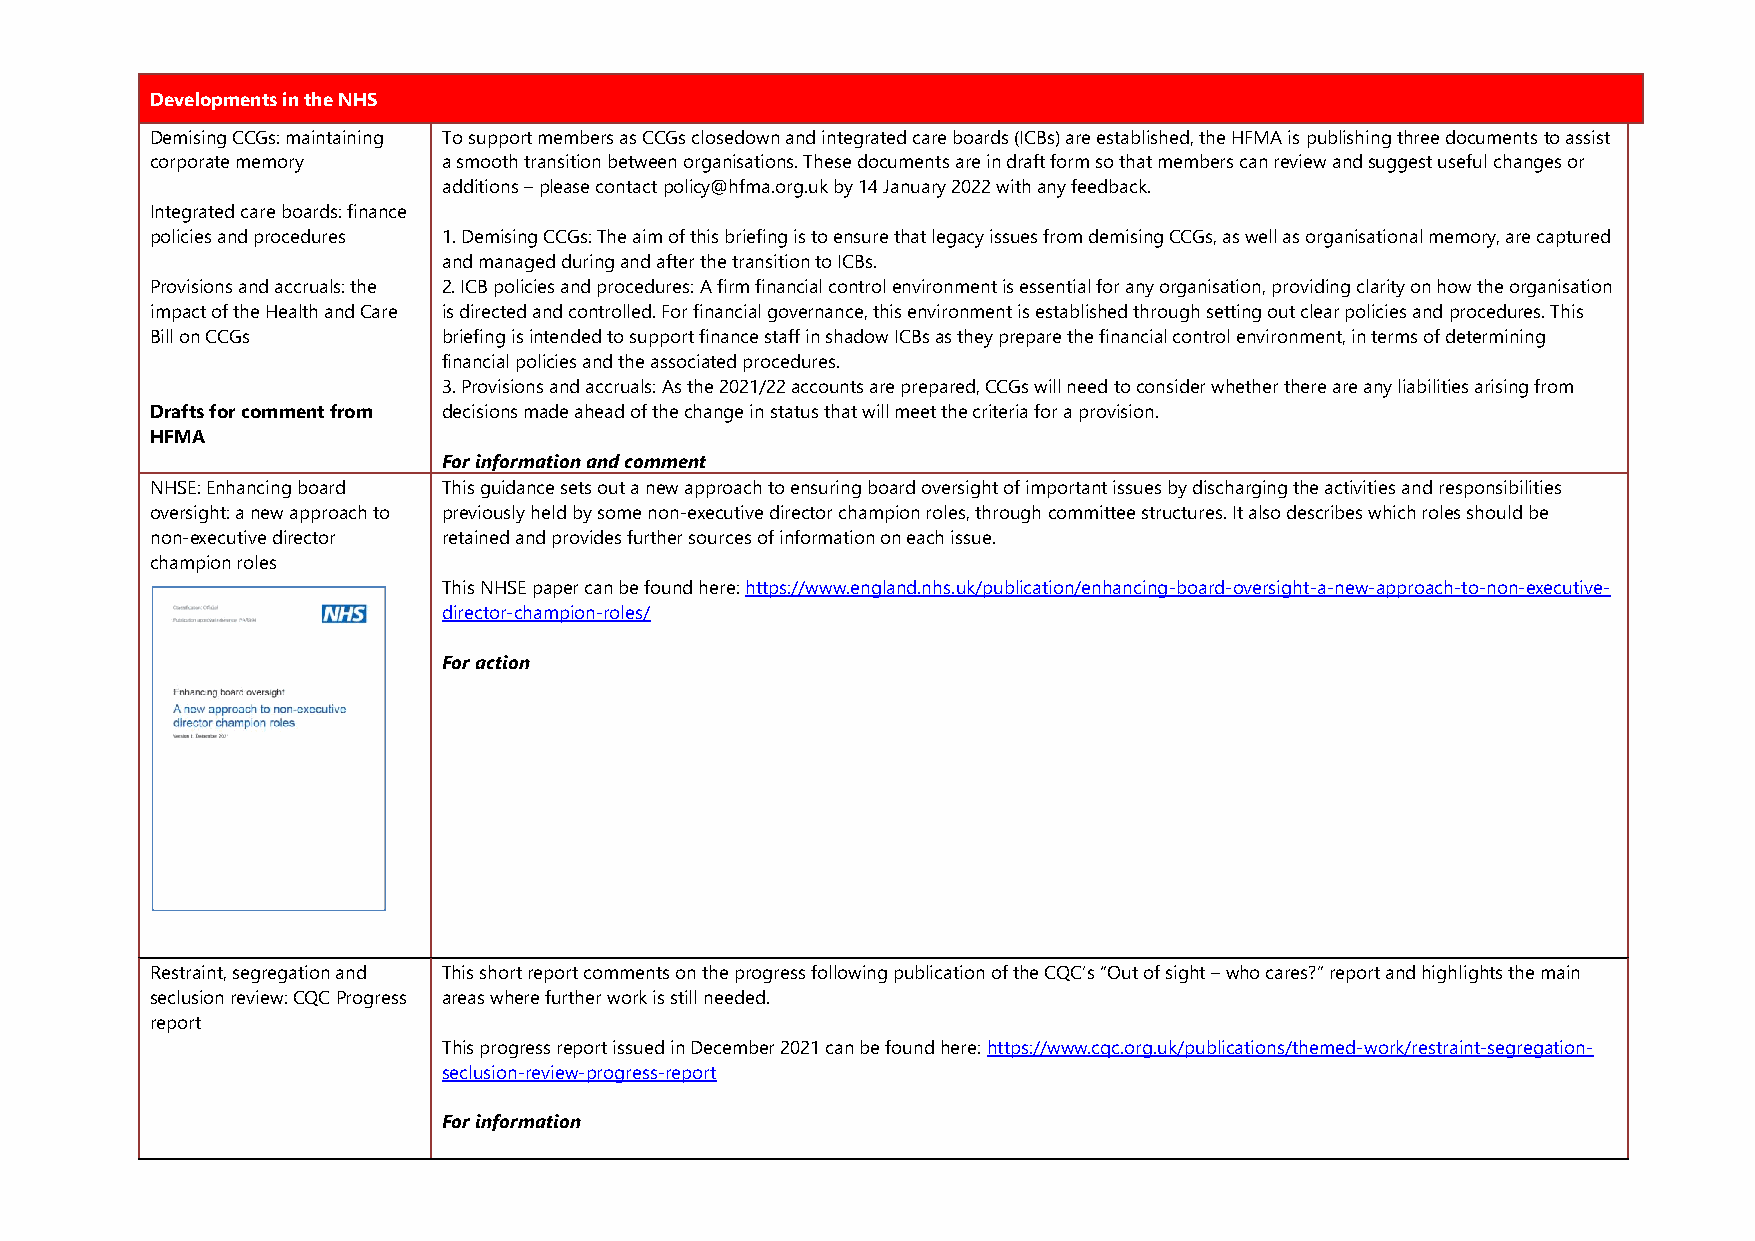
Developments in the NHS
 Demising CCGs: maintaining To support members as CCGs closedown and integrated care boards (ICBs) are established, the HFMA is publishing three documents to assist
 corporate memory   a smooth transition between organisations. These documents are in draft form so that members can review and suggest useful changes or
 additions – please contact policy@hfma.org.uk by 14 January 2022 with any feedback.
 Integrated care boards: finance
 policies and procedures 1. Demising CCGs: The aim of this briefing is to ensure that legacy issues from demising CCGs, as well as organisational memory, are captured
 and managed during and after the transition to ICBs.
 Provisions and accruals: the 2. ICB policies and procedures: A firm financial control environment is essential for any organisation, providing clarity on how the organisation
 impact of the Health and Care is directed and controlled. For financial governance, this environment is established through setting out clear policies and procedures. This
 Bill on CCGs       briefing is intended to support finance staff in shadow ICBs as they prepare the financial control environment, in terms of determining
 financial policies and the associated procedures.
 3. Provisions and accruals: As the 2021/22 accounts are prepared, CCGs will need to consider whether there are any liabilities arising from
 Drafts for comment from decisions made ahead of the change in status that will meet the criteria for a provision.
 HFMA
 For information and comment
 NHSE: Enhancing board This guidance sets out a new approach to ensuring board oversight of important issues by discharging the activities and responsibilities
 oversight: a new approach to previously held by some non-executive director champion roles, through committee structures. It also describes which roles should be
 non-executive director retained and provides further sources of information on each issue.
 champion roles
 This NHSE paper can be found here: https://www.england.nhs.uk/publication/enhancing-board-oversight-a-new-approach-to-non-executive-
 director-champion-roles/
 For action
 Restraint, segregation and This short report comments on the progress following publication of the CQC’s “Out of sight – who cares?” report and highlights the main
 seclusion review: CQC Progress areas where further work is still needed.
 report
 This progress report issued in December 2021 can be found here: https://www.cqc.org.uk/publications/themed-work/restraint-segregation-
 seclusion-review-progress-report
 For information